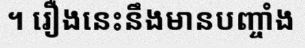
។ រឿងនេះនឹងមានបញ្ចាំង